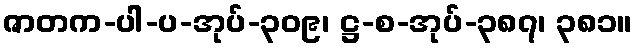
ဇာတက-ပါ-ပ-အုပ်-၃၀၉၊ ဋ္ဌ-စ-အုပ်-၃၈၇၊ ၃၈၁။